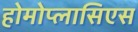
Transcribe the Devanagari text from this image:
होमोप्लासिएस